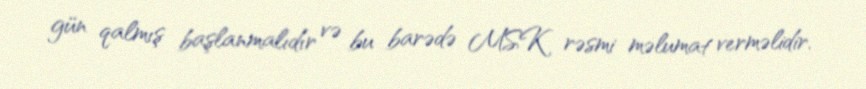
gün qalmış başlanmalıdır və bu barədə MSK rəsmi məlumat verməlidir.